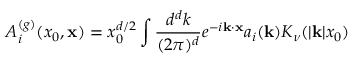
A _ { i } ^ { ( g ) } ( x _ { 0 } , { \bf x } ) = x _ { 0 } ^ { d / 2 } \int { \frac { d ^ { d } k } { ( 2 \pi ) ^ { d } } } e ^ { - i { \bf k } \cdot { \bf x } } a _ { i } ( { \bf k } ) K _ { \nu } ( | { \bf k } | x _ { 0 } )